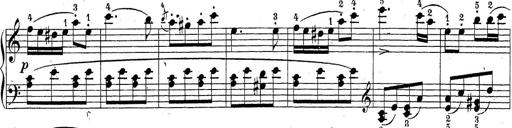
Title: Sonatina Album
Composer: Louis KÃ¶hler